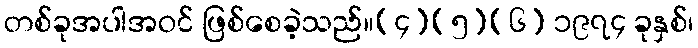
တစ်ခုအပါအဝင် ဖြစ်စေခဲ့သည်။[၄][၅][၆] ၁၉၇၄ ခုနှစ်၊